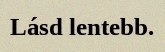
Lásd lentebb.